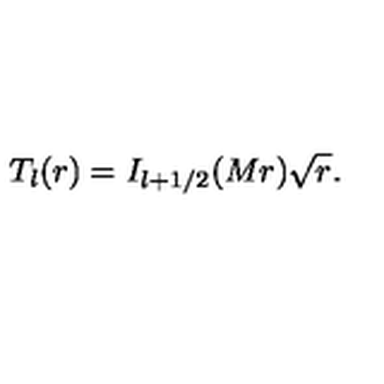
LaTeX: T _ { l } ( r ) = I _ { l + 1 / 2 } ( M r ) \sqrt { r } .